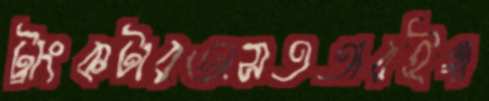
ট্রাংকটারঅসততারইগা